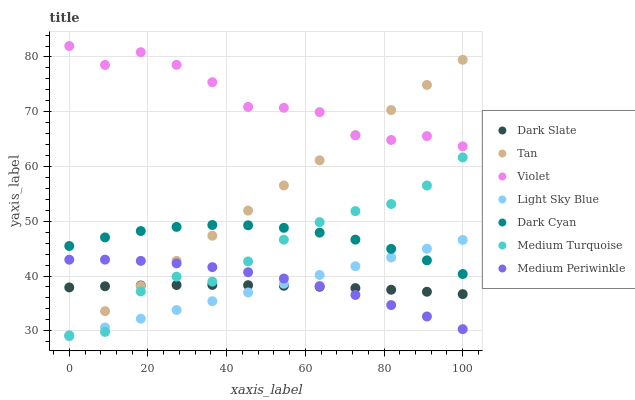
| xaxis_label | Dark Slate | Tan | Violet | Light Sky Blue | Dark Cyan | Medium Turquoise | Medium Periwinkle |
 | --- | --- | --- | --- | --- | --- | --- | --- |
 | 0 | 37.9 | 29 | 82 | 29 | 45.5 | 29.2 | 43 |
 | 9.09 | 38.1 | 33.6 | 78.5 | 30.6 | 47 | 29.8 | 43 |
 | 18.2 | 38.3 | 38.2 | 80.9 | 32.2 | 48.2 | 37.2 | 42.8 |
 | 27.3 | 38.4 | 42.8 | 78.6 | 33.8 | 49 | 39.9 | 42.3 |
 | 36.4 | 38.4 | 47.4 | 75.4 | 35.4 | 49.3 | 39 | 41.6 |
 | 45.5 | 38.3 | 51.9 | 70.9 | 37 | 49.3 | 42.7 | 40.7 |
 | 54.5 | 38.2 | 56.5 | 70.7 | 38.6 | 48.8 | 46.6 | 39.5 |
 | 63.6 | 38 | 61.1 | 69.9 | 40.2 | 47.9 | 49.8 | 38.2 |
 | 72.7 | 37.8 | 65.7 | 65.7 | 41.8 | 46.6 | 51.8 | 36.5 |
 | 81.8 | 37.5 | 70.3 | 64.8 | 43.4 | 45 | 53.1 | 34.7 |
 | 90.9 | 37.1 | 74.9 | 65.5 | 45 | 42.9 | 56.5 | 32.6 |
 | 100 | 36.7 | 79.5 | 63.7 | 46.6 | 40.4 | 61.7 | 30.3 |